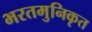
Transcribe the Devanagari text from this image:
भरतमुनिकृत